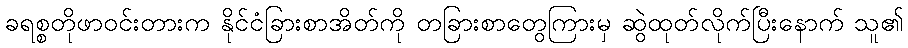
ခရစ္စတိုဖာဝင်းတားက နိုင်ငံခြားစာအိတ်ကို တခြားစာတွေကြားမှ ဆွဲထုတ်လိုက်ပြီးနောက် သူ၏